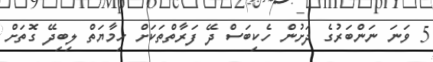
5 ވަނަ ނަންބަރުގެ ދަށުން ހެކިބަސް ދޭ ފަރާތްތަކަށް ހިމާޔަތް ލިބިދޭ ގޮތަށް